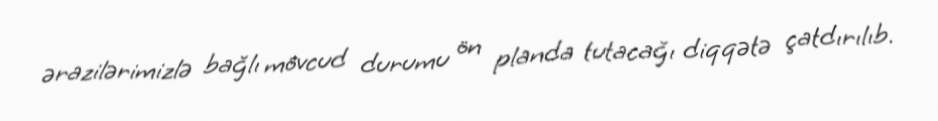
ərazilərimizlə bağlı mövcud durumu ön planda tutacağı diqqətə çatdırılıb.